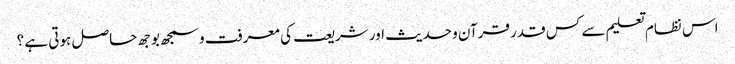
اس نظام تعلیم سے کس قدر قرآن و حدیث اور شریعت کی معرفت و سمجھ بوجھ حاصل ہوتی ہے ؟